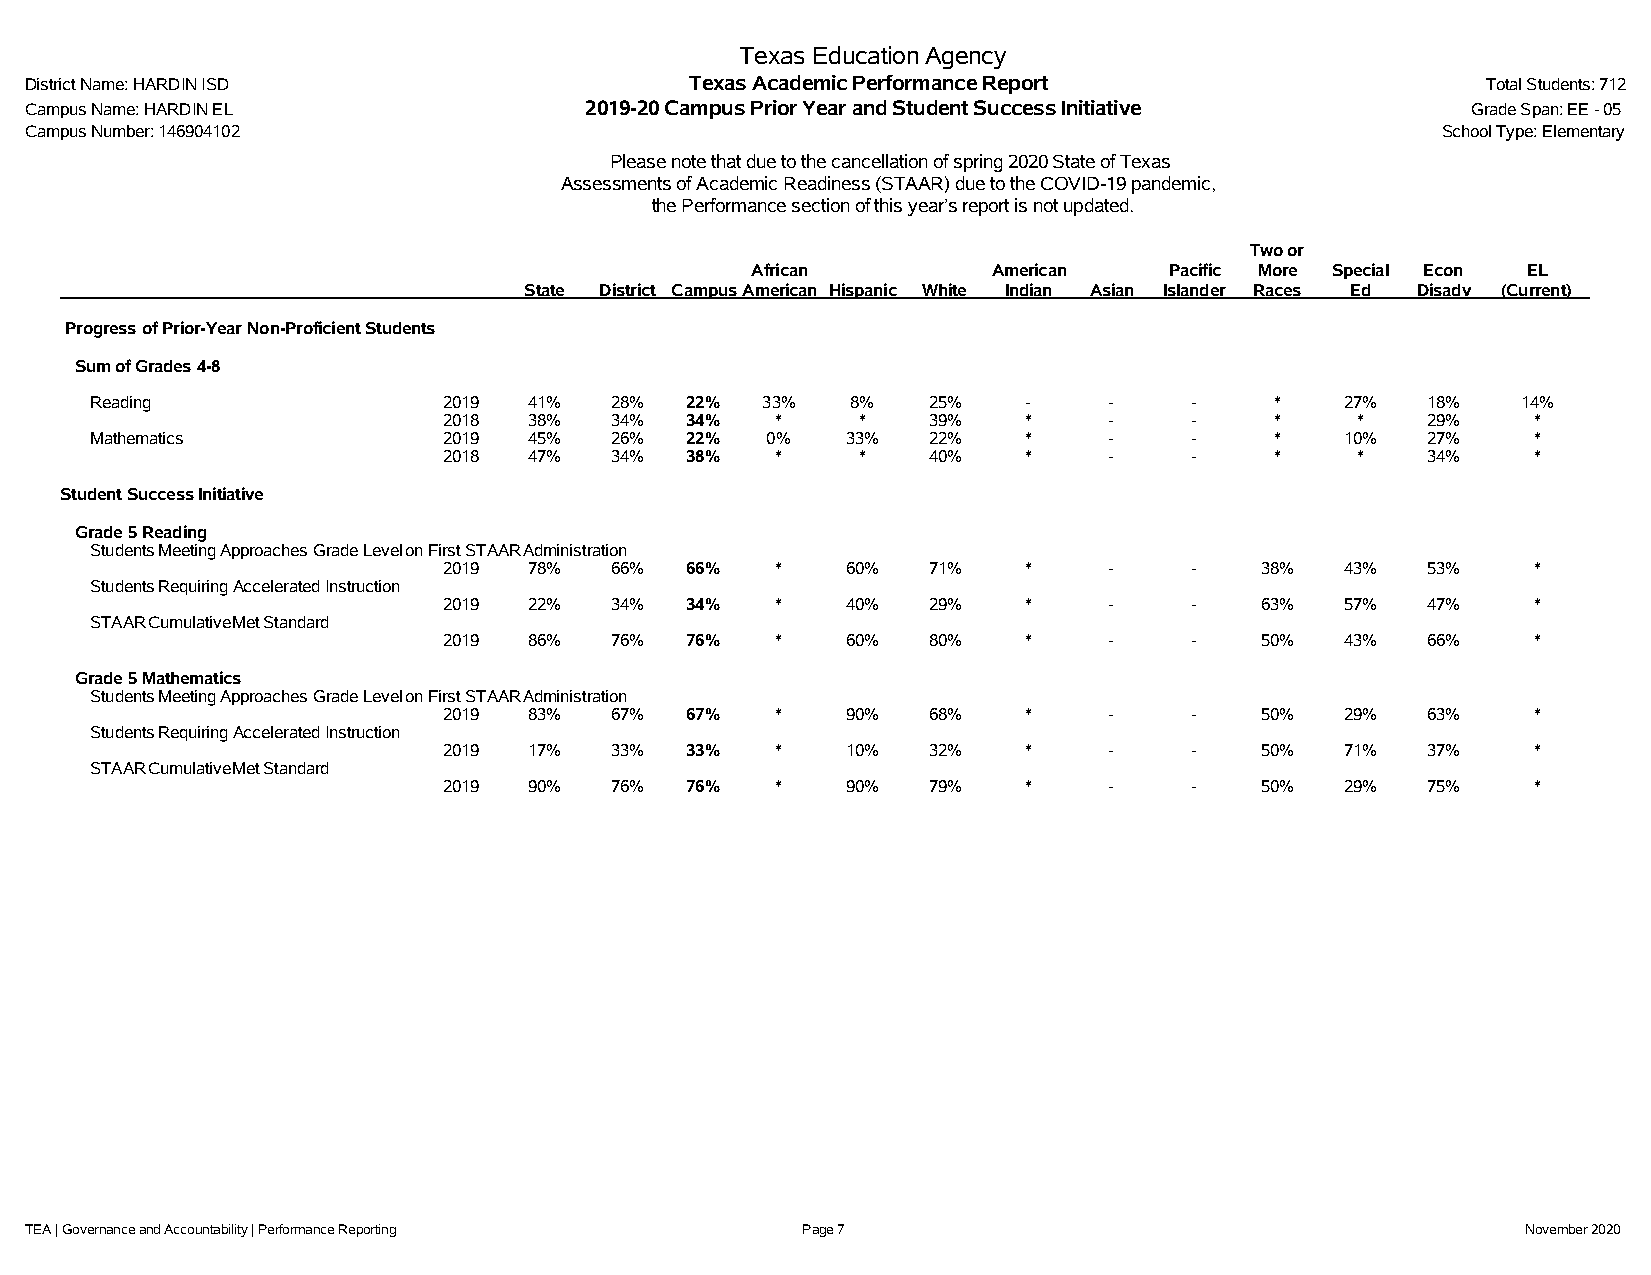
Texas Education Agency
 District Name: HARDIN ISD                   Texas Academic Performance Report                   Total Students: 712
 Campus Name: HARDIN EL               2019-20 Campus Prior Year and Student Success Initiative  Grade Span: EE - 05
 Campus Number: 146904102                                                                     School Type: Elementary
 Please note that due to the cancellation of spring 2020 State of Texas
 Assessments of Academic Readiness (STAAR) due to the COVID-19 pandemic,
 the Performance section of this year’s report is not updated.
 Two or
 African         American   Pacific More Special Econ EL
 State District CampusAmerican Hispanic White Indian Asian Islander Races Ed Disadv (Current)
 ProgressofPrior-YearNon-ProficientStudents
 SumofGrades4-8
 Reading                2019  41%  28%  22%  33%   8%   25%    -    -     -    *    27%  18%    14%
 2018  38%  34%  34%   *     *   39%    *    -     -    *     *   29%    *
 Mathematics            2019  45%  26%  22%   0%   33%  22%    *    -     -    *    10%  27%    *
 2018  47%  34%  38%   *     *   40%    *    -     -    *     *   34%    *
 StudentSuccessInitiative
 Grade5Reading
 StudentsMeetingApproachesGradeLevelonFirstSTAARAdministration
 2019  78%  66%  66%   *    60%  71%    *    -     -   38%   43%  53%    *
 StudentsRequiringAcceleratedInstruction
 2019  22%  34%  34%   *    40%  29%    *    -     -   63%   57%  47%    *
 STAARCumulativeMetStandard
 2019  86%  76%  76%   *    60%  80%    *    -     -   50%   43%  66%    *
 Grade5Mathematics
 StudentsMeetingApproachesGradeLevelonFirstSTAARAdministration
 2019  83%  67%  67%   *    90%  68%    *    -     -   50%   29%  63%    *
 StudentsRequiringAcceleratedInstruction
 2019  17%  33%  33%   *    10%  32%    *    -     -   50%   71%  37%    *
 STAARCumulativeMetStandard
 2019  90%  76%  76%   *    90%  79%    *    -     -   50%   29%  75%    *
 TEA | Governance and Accountability | Performance Reporting Page 7                                 November 2020